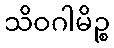
သိဝဂါမိဉ္စ